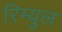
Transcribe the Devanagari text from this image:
रिम्युल